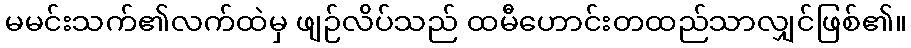
မမင်းသက်၏လက်ထဲမှ ဖျဉ်လိပ်သည် ထမီဟောင်းတထည်သာလျှင်ဖြစ်၏။